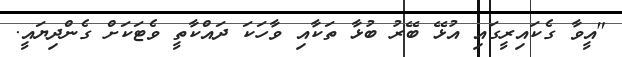
"އީވާ ގެކައިރީގައި އުޅޭ ބޭރު ބުޅާ ތަކާއި ވާހަކަ ދައްކާތީ ވެޓަކަށް ގެންދިޔައީ.